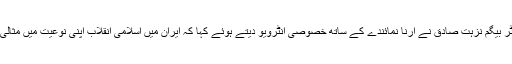
سینیٹر بیگم نزہت صادق نے ارنا نمائندے کے ساتھ خصوصی انٹرویو دیتے ہوئے کہا کہ ایران میں اسلامی انقلاب اپنی نوعیت میں مثالی ہے۔